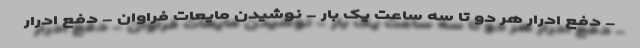
- دفع ادرار هر دو تا سه ساعت یک بار - نوشیدن مایعات فراوان - دفع ادرار